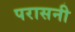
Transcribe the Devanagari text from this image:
परासनी